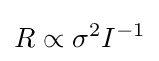
R\propto \sigma ^{2}I^{-1}